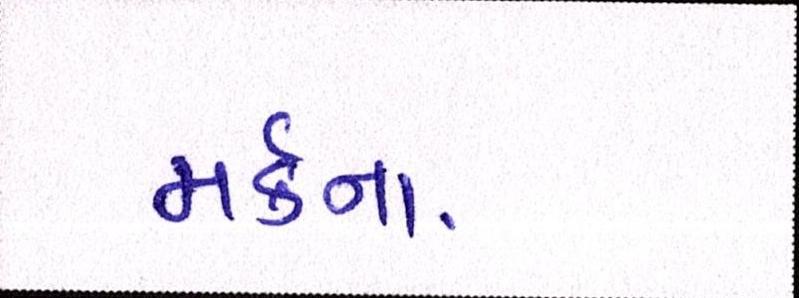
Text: મર્કના